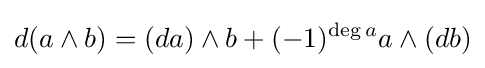
d(a\wedge b)=(da)\wedge b+(-1)^{\deg a}a\wedge (db)